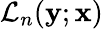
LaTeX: \mathcal{L}_{n}(\mathbf{y};\mathbf{x})